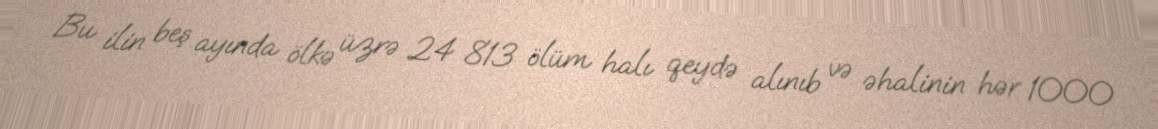
Bu ilin beş ayında ölkə üzrə 24 813 ölüm halı qeydə alınıb və əhalinin hər 1000